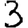
Digit: 3